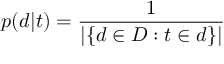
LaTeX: p ( d | t ) = { \frac { 1 } { | \{ d \in D : t \in d \} | } }